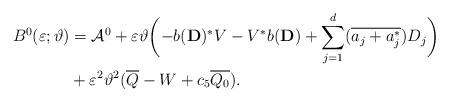
LaTeX: \begin{align*}B^0(\varepsilon ;\vartheta)&=\mathcal{A}^0+\varepsilon \vartheta\biggl(-b(\mathbf{D})^*V-V^*b(\mathbf{D})+\sum _{j=1}^d(\overline{a_j+a_j^*})D_j\biggr)\\&+\varepsilon ^2\vartheta ^2(\overline{Q}-W+c_5\overline{Q_0}).\end{align*}